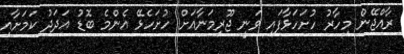
ރާއްޖޭން މިހާރު ހުށަހަޅާފައި ވަނީ ޖޫރިމަނާއަށް ހުށަހެޅޭ އެންމެ ބޮޑު އަދަދު ކަމަށާއި